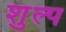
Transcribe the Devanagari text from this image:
शुल्प